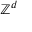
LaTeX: \mathbb { Z } ^ { d }